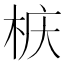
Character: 𮲲